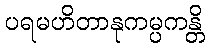
ပရမဟိတာနုကမ္ပကန္တိ